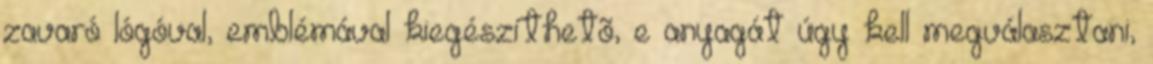
zavaró lógóval, emblémával kiegészíthetõ, e anyagát úgy kell megválasztani,